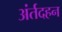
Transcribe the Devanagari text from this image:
अंर्तदहन